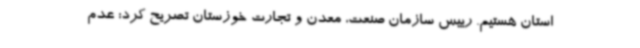
استان هستیم. رییس سازمان صنعت، معدن و تجارت خوزستان تصریح کرد: عدم